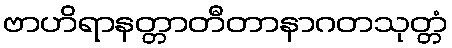
ဗာဟိရာနတ္တာတီတာနာဂတသုတ္တံ